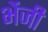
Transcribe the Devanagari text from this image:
भेंजी